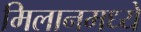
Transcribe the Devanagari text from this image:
मिलानमध्ये